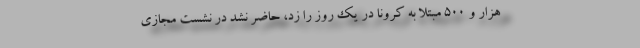
هزار و 500 مبتلا به کرونا در یک روز را زد، حاضر نشد در نشست مجازی